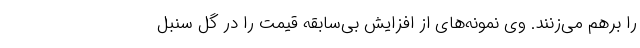
را برهم می‌زنند. وی نمونه‌های از افزایش بی‌سابقه قیمت را در گل سنبل